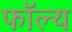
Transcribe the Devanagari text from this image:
फॉल्य